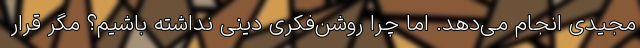
مجیدی انجام می‌دهد. اما چرا روشن‌فکری دینی نداشته باشیم؟ مگر قرار